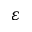
\varepsilon